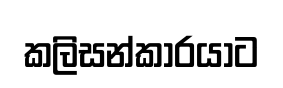
කලිසන්කාරයාට